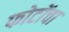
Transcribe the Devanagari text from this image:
फोटोंचा